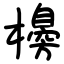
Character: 櫋